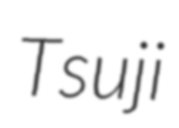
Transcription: Tsuji